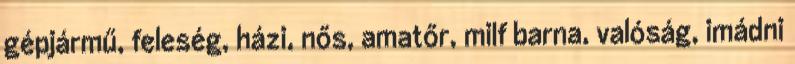
gépjármű, feleség, házi, nős, amatőr, milf barna, valóság, imádni